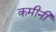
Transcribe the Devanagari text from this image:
कमीनी